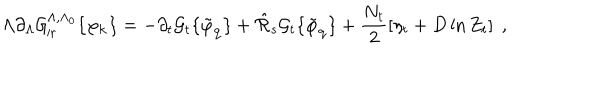
\Lambda \partial _ { \Lambda } { \cal { G } } _ { \mathrm { i r } } ^ { \Lambda , \Lambda _ { 0 } } \{ \varphi _ { \bf { k } } \} = - \partial _ { t } { \cal { G } } _ { t } \{ \tilde { \varphi } _ { \bf { q } } \} + \hat { \cal { R } } _ { s } { \cal { G } } _ { t } \{ \tilde { \varphi } _ { \bf { q } } \} + \frac { N _ { t } } { 2 } \left[ \eta _ { t } + D \ln Z _ { t } \right] \; ,